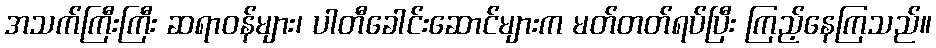
အသက်ကြီးကြီး ဆရာဝန်များ၊ ပါတီခေါင်းဆောင်များက မတ်တတ်ရပ်ပြီး ကြည့်နေကြသည်။